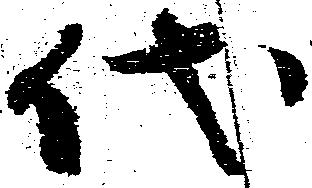
代